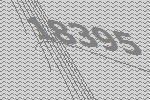
18395